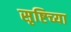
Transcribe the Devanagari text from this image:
सृष्टिच्या